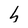
Character: h